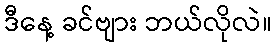
ဒီနေ့ ခင်ဗျား ဘယ်လိုလဲ။